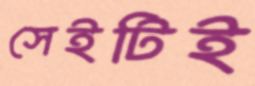
সেইটিই